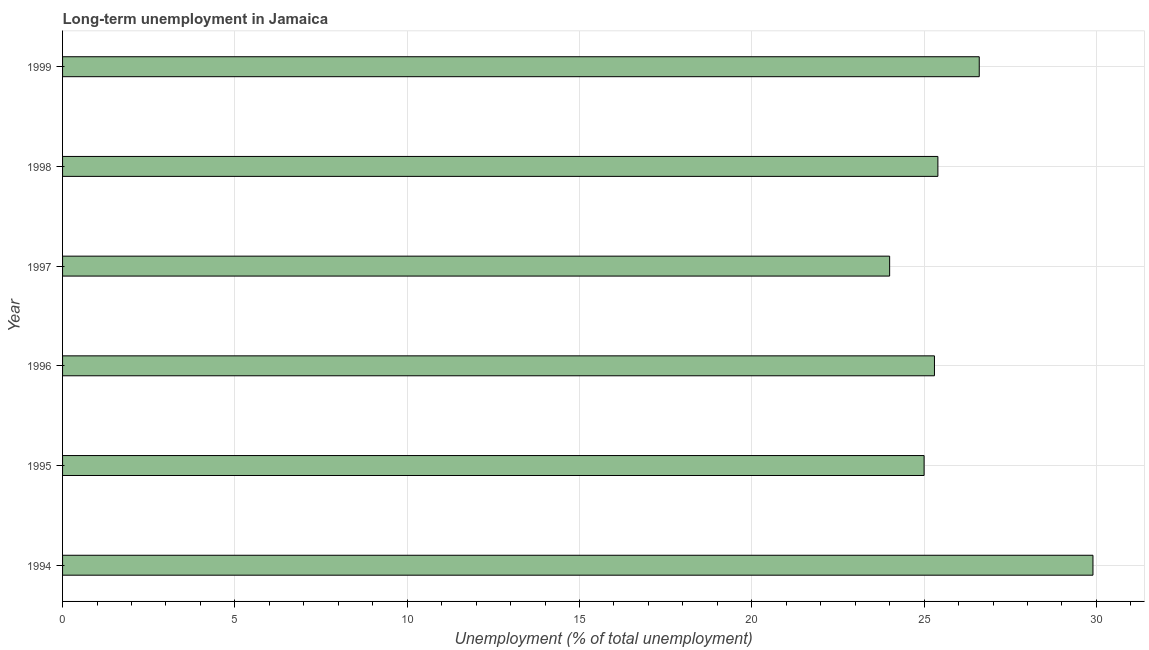
| Year | Long-term unemployment  |
 | --- | --- |
 | 1994 | 29.9 |
 | 1995 | 25 |
 | 1996 | 25.3 |
 | 1997 | 24 |
 | 1998 | 25.4 |
 | 1999 | 26.6 |